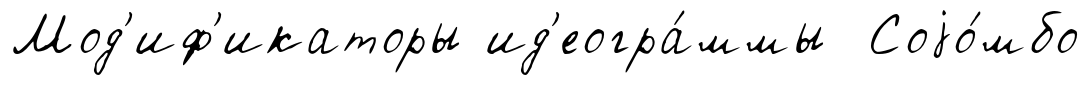
Мод'иф'икаторы ид'еогра́ммы Соjо́мбо